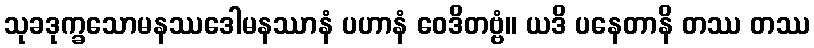
သုခဒုက္ခသောမနဿဒေါမနဿာနံ ပဟာနံ ဝေဒိတဗ္ဗံ။ ယဒိ ပနေတာနိ တဿ တဿ